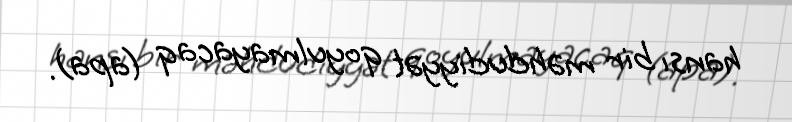
hansı bir məhdudiyyət qoyulmayacaq (apa).